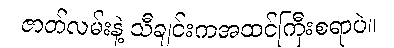
ဇာတ်လမ်းနဲ့ သီချင်းကအထင်ကြီးစရာပဲ။